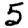
Digit: 5